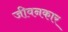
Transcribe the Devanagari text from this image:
जीवनकार